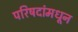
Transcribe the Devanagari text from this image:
परिषदांमधून